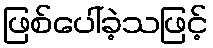
ဖြစ်ပေါ်ခဲ့သဖြင့်